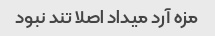
مزه آرد میداد اصلا تند نبود